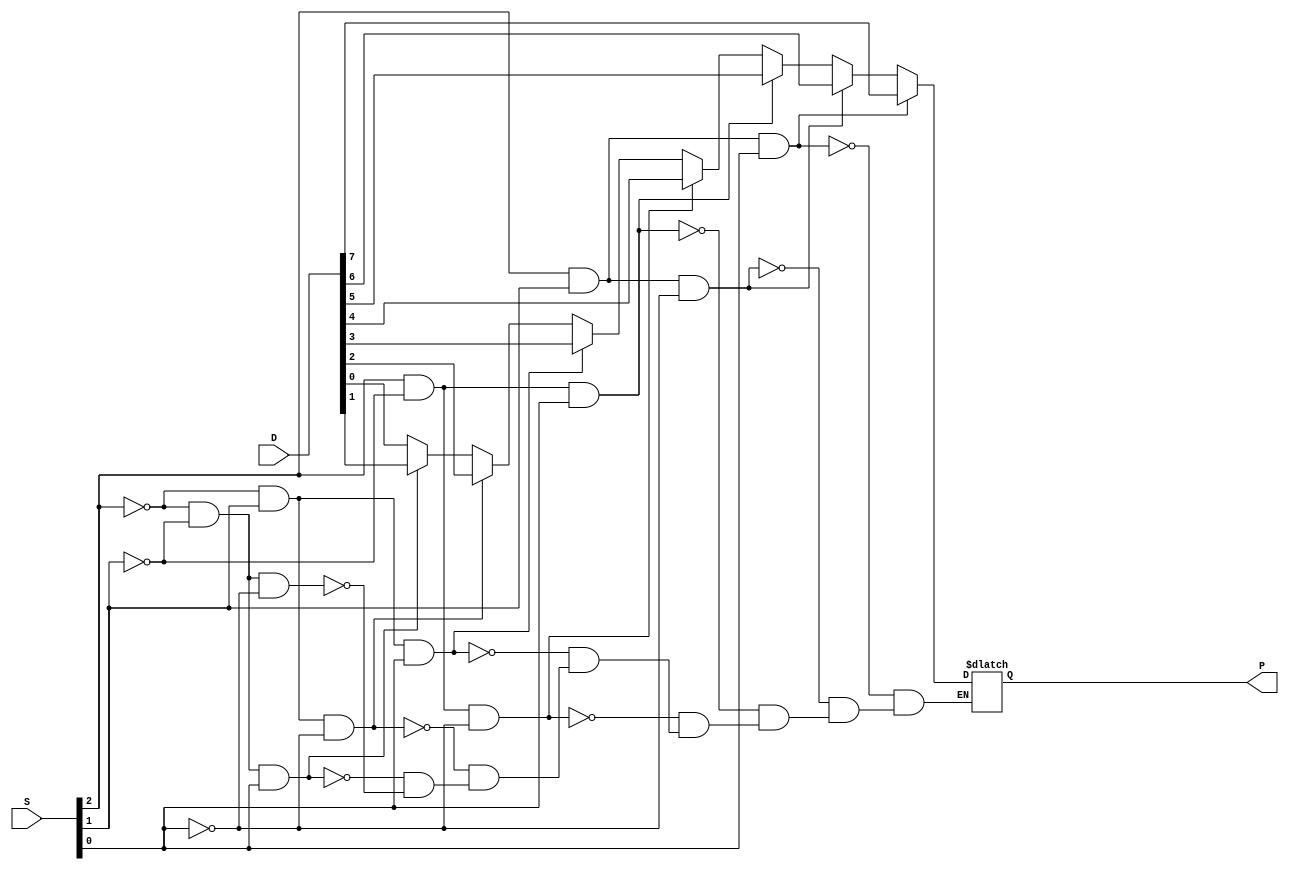
module mux8_1_if(P,D,S);
input [7:0] D;
input [2:0] S;
output reg P;

always @ (D or S)
begin 
  if(S[2]==0 && S[1]==0 && S[0]==0)
  P=D[0];
   if(S[2]==0 && S[1]==0 && S[0]==1)
  P=D[1];
   if(S[2]==0 && S[1]==1 && S[0]==0)
  P=D[2];
   if(S[2]==0 && S[1]==1 && S[0]==1)
  P=D[3];
   if(S[2]==1 && S[1]==0 && S[0]==0)
  P=D[4];
   if(S[2]==1 && S[1]==0 && S[0]==1)
  P=D[5];
   if(S[2]==1 && S[1]==1 && S[0]==0)
  P=D[6];
 if(S[2]==1 && S[1]==1 && S[0]==1)
  P=D[7];
 end
endmodule